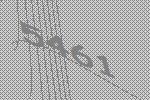
5461